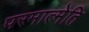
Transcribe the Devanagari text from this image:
परमात्मेति